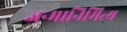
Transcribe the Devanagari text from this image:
जन्मानिमित्य